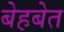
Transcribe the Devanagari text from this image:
बेहबेत